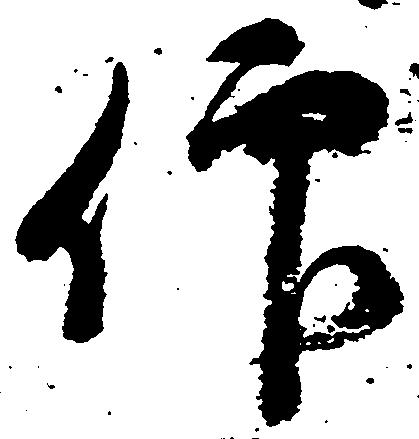
仰